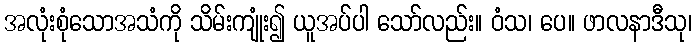
အလုံးစုံသောအသံကို သိမ်းကျုံး၍ ယူအပ်ပါ သော်လည်း။ ဝံသ၊ ပေ။ ဖာလနာဒီသု၊